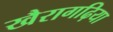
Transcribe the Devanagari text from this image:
खैरागढ़िया